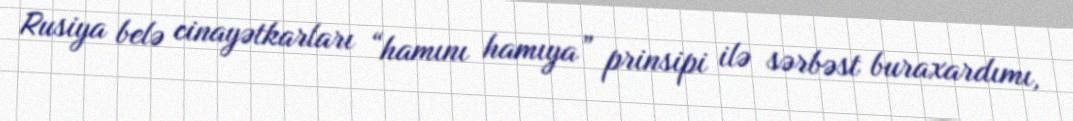
Rusiya belə cinayətkarları “hamını hamıya” prinsipi ilə sərbəst buraxardımı,